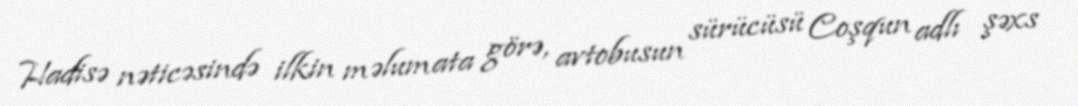
Hadisə nəticəsində ilkin məlumata görə, avtobusun sürücüsü Coşqun adlı şəxs